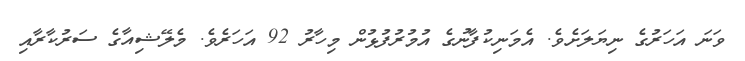
ވަނަ އަހަރުގެ ނިޔަލަށެވެ. އެމަނިކުފާނުގެ އުމުރުފުޅުން މިހާރު 92 އަހަރެވެ. މެލޭޝިއާގެ ސަރުކާރާއި